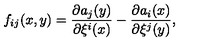
f _ { i j } ( x , y ) = \frac { \partial a _ { j } ( y ) } { \partial \xi ^ { i } ( x ) } - \frac { \partial a _ { i } ( x ) } { \partial \xi ^ { j } ( y ) } ,